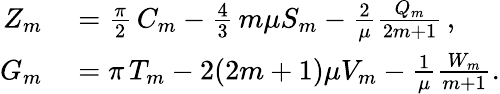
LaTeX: \begin{array}{rl}{Z_{m}}&{{}=\frac{\pi}{2}\, C_{m}-\frac{4}{3}\, m\mu S_{m}-\frac{2}{\mu}\frac{Q_{m}}{2m+1}\, ,}\\ {G_{m}}&{{}=\pi\, T_{m}-2(2m+1)\mu V_{m}-\frac{1}{\mu}\frac{W_{m}}{m+1}.}\end{array}